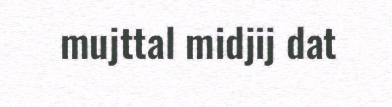
mujttal midjij dat